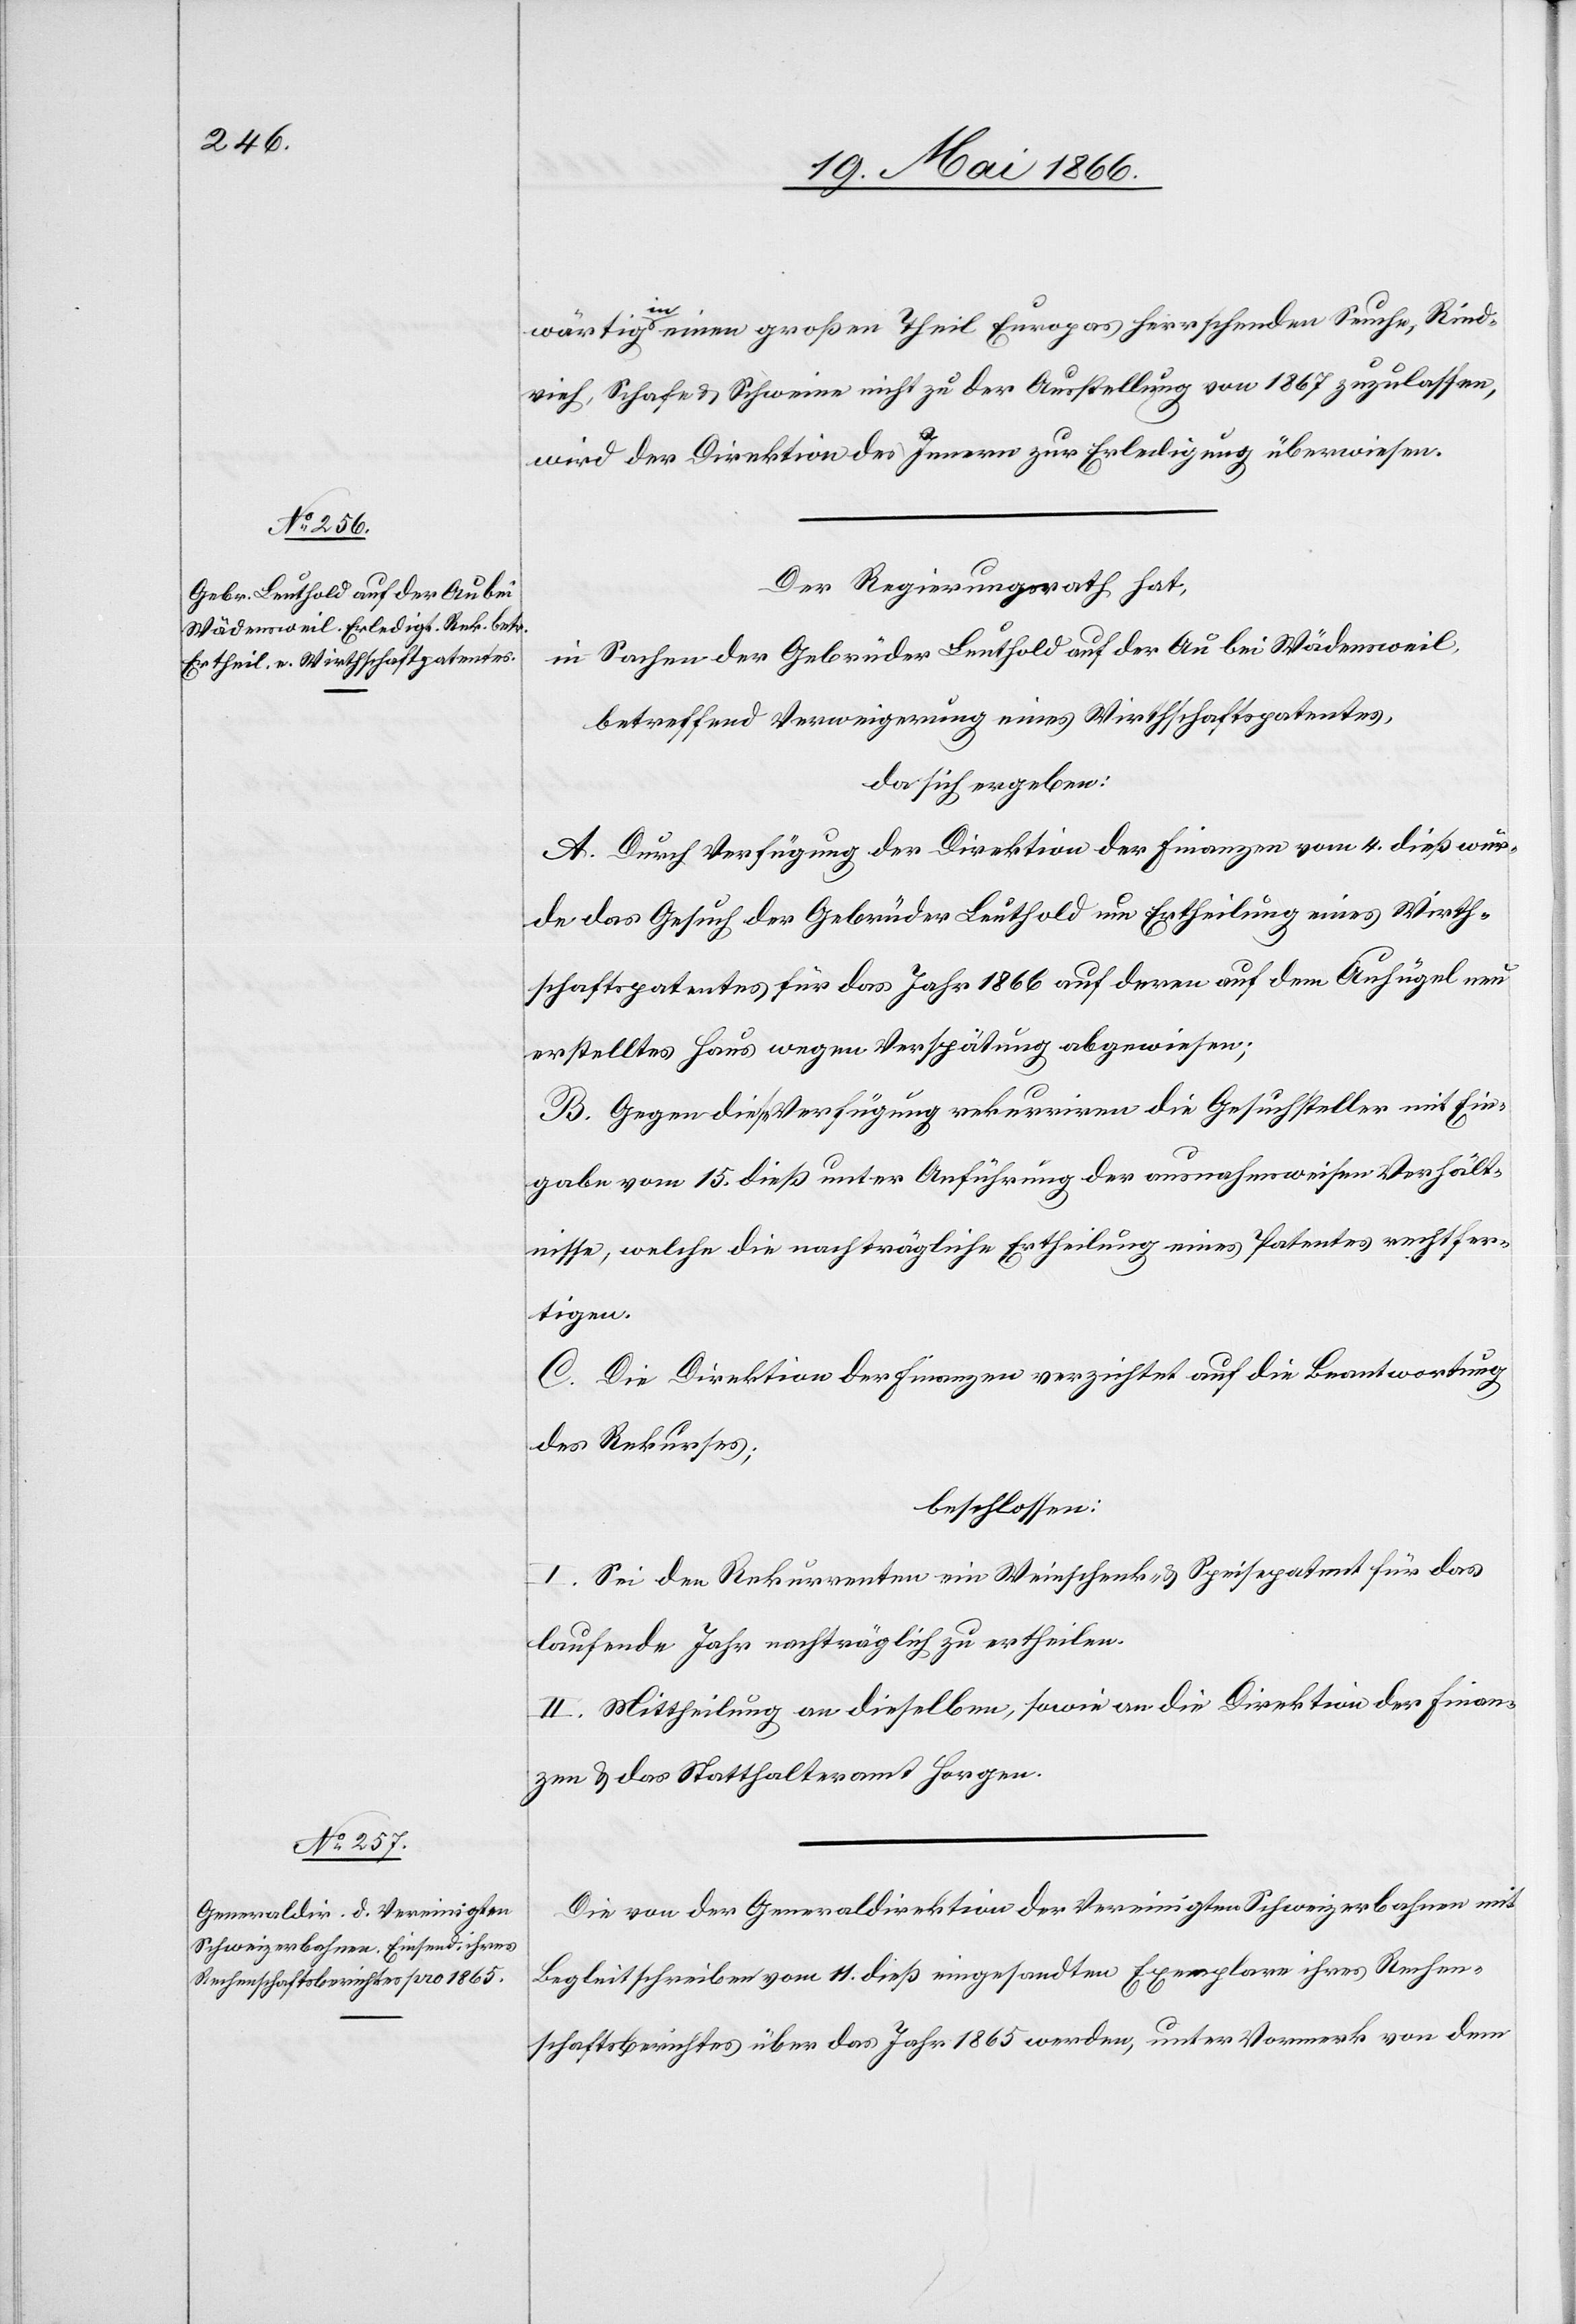
wärtig in einem großen Theil Europas herrschenden Seuche, Rind¬
vieh, Schafe u. Schweine nicht zu der Ausstellung von 1867 zuzulassen,
wird der Direktion des Innern zur Erledigung überwiesen.
Der Regierungsrath hat,
in Sachen der Gebrüder Leuthold auf der Au bei Wädensweil,
betreffend Verweigerung eines Wirthschaftspatentes,
da sich ergeben:
A. Durch Verfügung der Direktion der Finanzen vom 4. dieß wur¬
de das Gesuch der Gebrüder Leuthold um Ertheilung eines Wirth¬
schaftspatentes für das Jahr 1866 auf deren auf dem Auhügel neu
erstelltes Haus wegen Verspätung abgewiesen;
B. Gegen diese Verfügung rekurriren die Gesuchsteller mit Ein¬
gabe vom 15. dieß unter Anführung der ausnahmsweisen Verhält¬
nisse, welche die nachträgliche Ertheilung eines Patentes rechtfer¬
tigen.
C. Die Direktion der Finanzen verzichtet auf die Beantwortung
des Rekurses;
beschlossen:
I. Sei den Rekurrenten ein Weinschenk- u. Speisepatent für das
laufende Jahr nachträglich zu ertheilen.
II. Mittheilung an dieselben, sowie an die Direktion der Finan¬
zen u. das Statthalteramt Horgen.
Die von der Generaldirektion der Vereinigten Schweizerbahnen mit
Begleitschreiben vom 11. dieß eingesandten Exemplare ihres Rechen¬
schaftsberichtes über das Jahr 1865 werden, unter Vormerk von dem